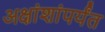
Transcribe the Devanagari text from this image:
अक्षांशांपर्यंत